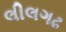
લીલગઢ